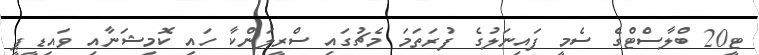
ޓީ20 ބްލާސްޓްގެ ސެމީ ފައިނަލުގެ ފުރަތަމަ މެޗުގައި ސްރީލަންކާ ހައި ކޮމިޝަނާއި ވައިޑީޕީ